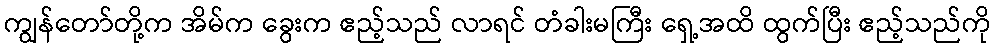
ကျွန်တော်တို့က အိမ်က ခွေးက ဧည့်သည် လာရင် တံခါးမကြီး ရှေ့အထိ ထွက်ပြီး ဧည့်သည်ကို